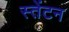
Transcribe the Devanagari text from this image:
स्तेंटन